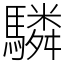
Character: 驎